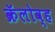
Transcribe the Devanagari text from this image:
क्रॅलोव्ह